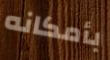
بأمكانه